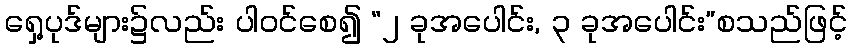
ရှေ့ပုဒ်များ၌လည်း ပါဝင်စေ၍ “၂ ခုအပေါင်း, ၃ ခုအပေါင်း”စသည်ဖြင့်